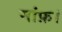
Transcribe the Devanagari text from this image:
मांफ़।